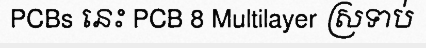
PCBs នេះ PCB 8 Multilayer ស្រទាប់